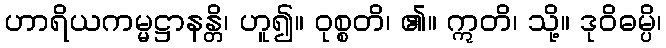
ဟာရိယကမ္မဋ္ဌာနန္တိ၊ ဟူ၍။ ဝုစ္စတိ၊ ၏။ ဣတိ၊ သို့။ ဒုဝိဓမ္ပိ၊